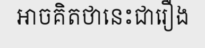
អាចគិតថានេះជារឿង